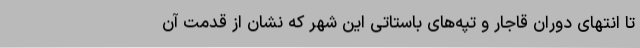
تا انتهای دوران قاجار و تپه‌های باستاتی این شهر که نشان از قدمت آن